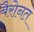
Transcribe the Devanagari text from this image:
बैरोनत